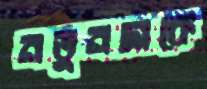
নতুনদাকে